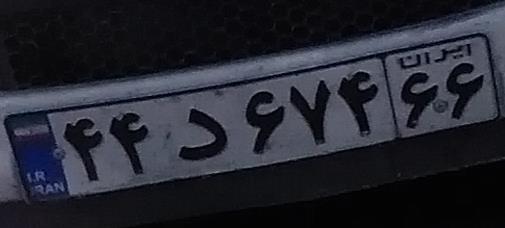
۴۴د۶۷۴۶۶